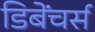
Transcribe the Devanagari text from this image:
डिबेंचर्स